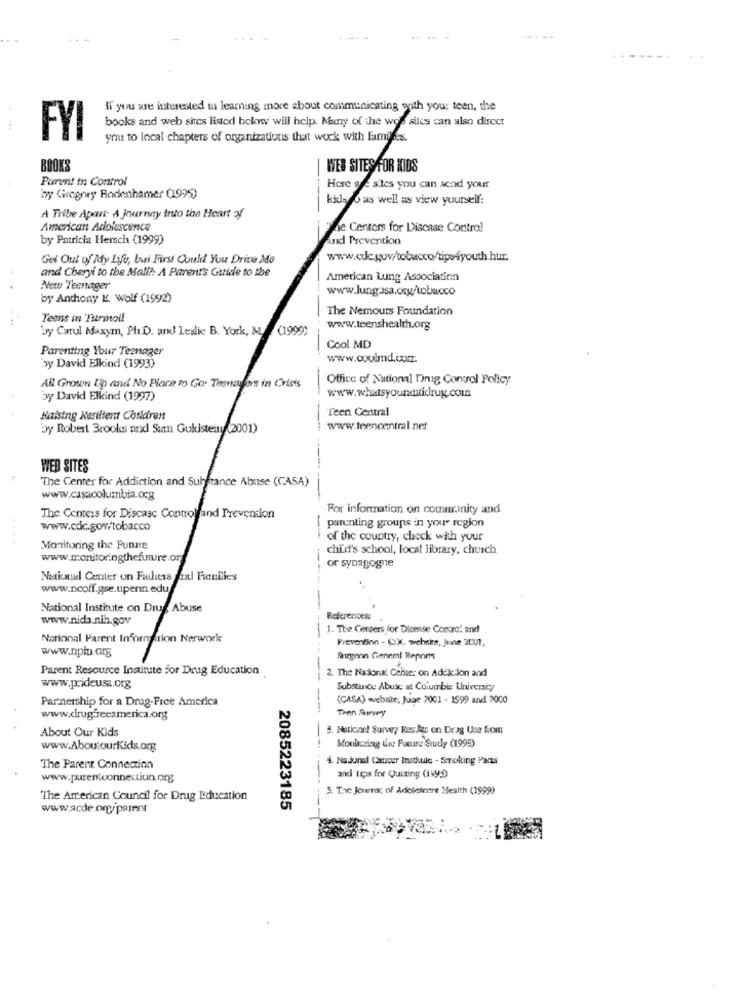
If you are interested in learning more about communicating with your teen, the
books and web sites listed below will help. Many of the wos sites can also direct
FYI
ynt to local chapters of organizations that work with Familles.
BOOKS
WEB SITES FOR KIDS
Parent in Control
Hore se sites you can send your
by Gregory Bodenhamer (1995)
kids o as well as view yourself:
A Tribe Apart A Journey Into the Heart of
American Adolescence
"he Centers for Discase Control
by Patricia Hersch (1999)
And Prevention
Get Out of My Life, bui First Could You Drive Me
and Cheryi to the Mall ?: A Parent's Guide to the
American Lung Association
New Teenager
www.lungasa.org/tobacco
by Anthony E. Wolf (1992)
The Nemours Foundation
Teens in Turmoil
by Carul Maxym, Ph.D. and Leslie B. York, M. (1999)
www.teenshealth.org
Parenting Your Teenager
Cool MD
www.coolmd.com.
by David Elkind (1993)
All Grown Up and No Place to Go: Teenagers in Crisis
Office of National Drug Control Policy
by David Elkind (1997)
www.whatsyourantidrug.com
Teen Central
Raising Kesiltent Couldren
by Robert Brooks and Sum Gukistein (2001)
www.leencentral.nes
WEB SITES
The Center for Addiction and Substance Abuse (CASA)
www.casacolumbia.org
For information on comnranity and
The Centers for Discase Control and Prevention
parenting groups in your region
www.cdc.gov/tobacco
....
of the country, check with your
Monitoring the Future
chid's school, local library, church
www.monitoringthefuture.org
or synagogne
National Center on Fautlutas and Families
www.ncoff.gse.upenn.edu
National Institute on Drug Abuse
-
www.nida.nih.gov
References:
1. The Centers for Dicense Conoro! and
Narional Parent Information Nerwork
Prevention - CiX. websire, June 2001,
www.nph.org
Surgeon Geneml Report
Parent Resource Institute for Drug Education
2. The National Cchier on AdelJon and
www.prideusa.org
Substance Abuse at Columbia University
Parnership for a Drug-Free America
(CASA) website, June 2001 - 1999 and 2000
Then Surwy
www.drugfreeamerica.org
About Our Kids
3. Nations! Survey Reslas on Drag Use from
www.AboutourKids.omg
Monicring In: Future Study (1995)
4. NaJunal Cancer Inathule - Smoking Parts
The Parent Connection
www.purentconnectiun.org
and Tips for Quiting (1999
5. Tax Journat of Adolescent Health (1999)
The American Council for Drug L'ducation
www.acde.org/parent
2085223185